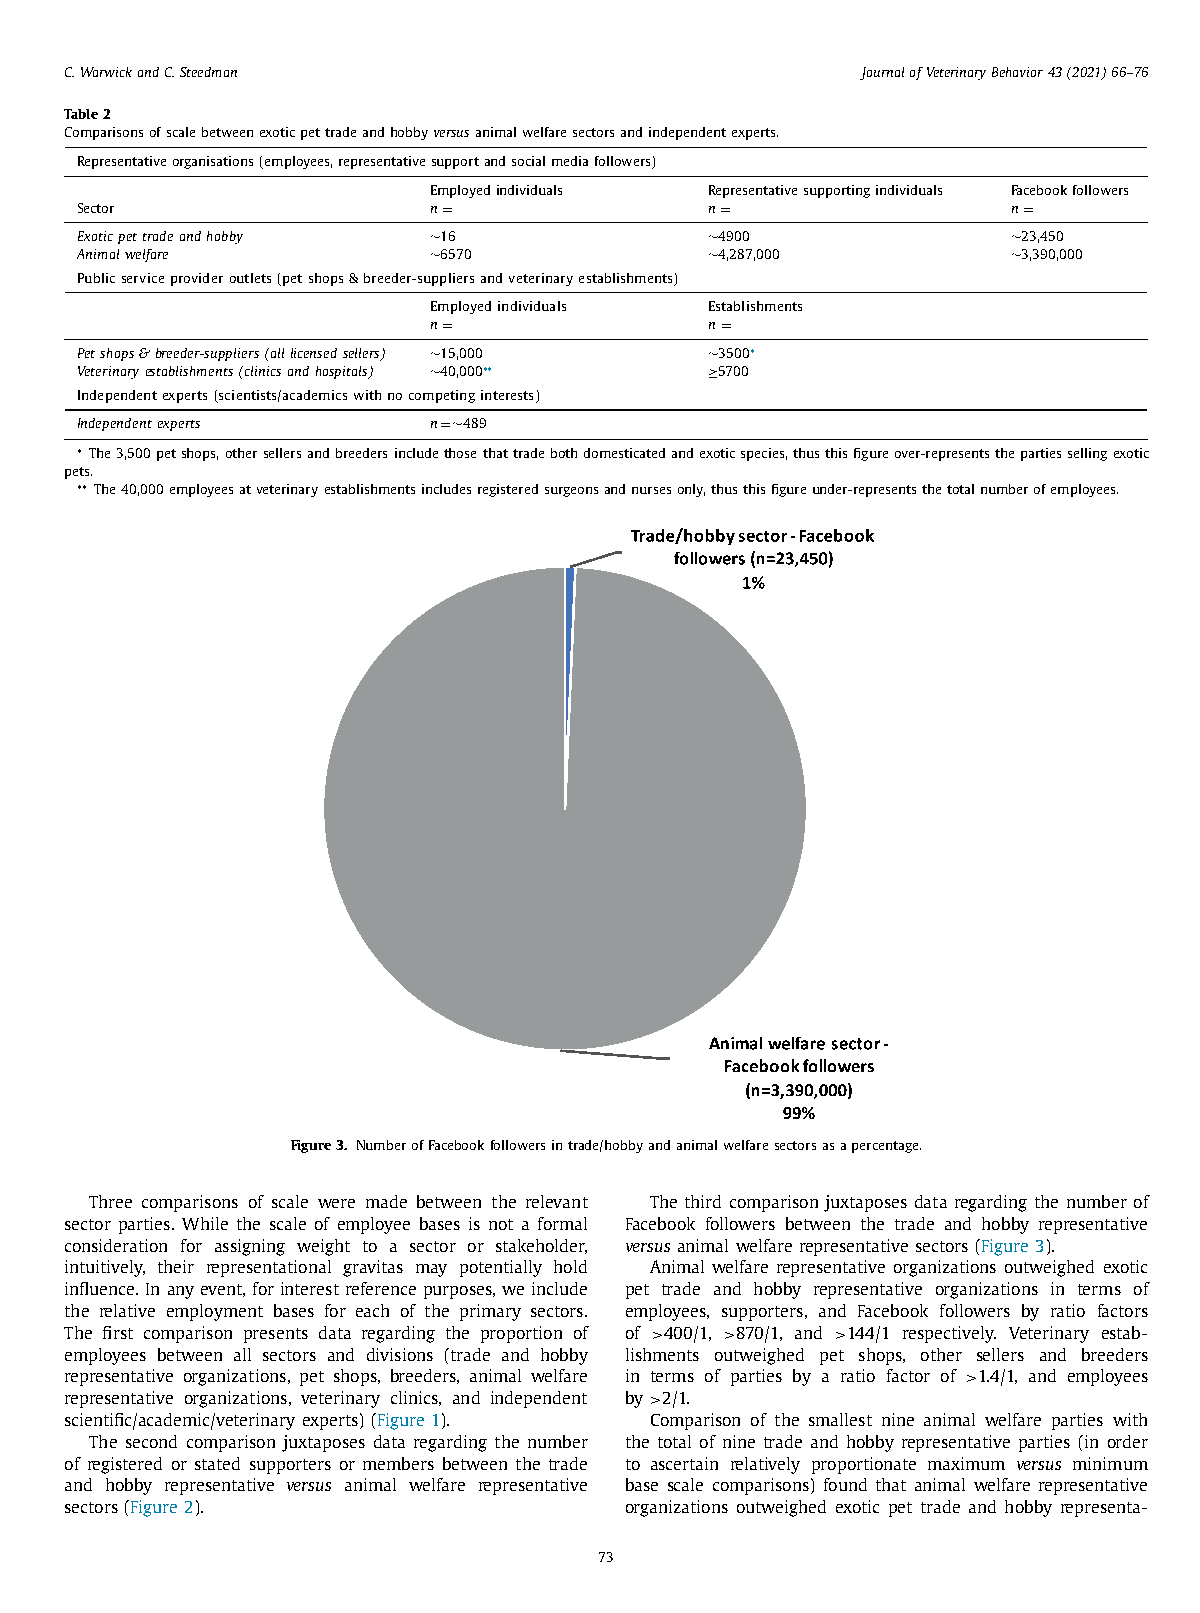
C. Warwick and C. Steedman                           Journal of Veterinary Behavior 43 (2021) 66–76
 Table 2
 Comparisons of scale between exotic pet trade and hobby versus animal welfare sectors and independent experts.
 Representative organisations (employees, representative support and social media followers)
 Employed individuals Representative supporting individuals Facebook followers
 Sector                 n =                n =                 n =
 Exotic pet trade and hobby ∼16            ∼4900               ∼23,450
 Animal welfare         ∼6570              ∼4,287,000          ∼3,390,000
 Public service provider outlets (pet shops & breeder-suppliers and veterinary establishments)
 Employed individuals Establishments
 n =                n =
 Pet shops & breeder-suppliers (all licensed sellers) ∼15,000 ∼3500 ∗
 Veterinary establishments (clinics and hospitals) ∼40,000 ∗∗ ≥5700
 Independent experts (scientists/academics with no competing interests)
 Independent experts    n = ∼489
 ∗ The 3,500 pet shops, other sellers and breeders include those that trade both domesticated and exotic species, thus this figure over-represents the parties selling exotic
 pets.
 ∗∗ The 40,0 0 0 employees at veterinary establishments includes registered surgeons and nurses only, thus this figure under-represents the total number of employees.
 Figure 3. Number of Facebook followers in trade/hobby and animal welfare sectors as a percentage.
 Three comparisons of scale were made between the relevant The third comparison juxtaposes data regarding the number of
 sector parties. While the scale of employee bases is not a formal Facebook followers between the trade and hobby representative
 consideration for assigning weight to a sector or stakeholder, versus animal welfare representative sectors ( Figure 3 ).
 intuitively, their representational gravitas may potentially hold Animal welfare representative organizations outweighed exotic
 influence. In any event, for interest reference purposes, we include pet trade and hobby representative organizations in terms of
 the relative employment bases for each of the primary sectors. employees, supporters, and Facebook followers by ratio factors
 The first comparison presents data regarding the proportion of of > 400/1, > 870/1, and > 144/1 respectively. Veterinary estab-
 employees between all sectors and divisions (trade and hobby lishments outweighed pet shops, other sellers and breeders
 representative organizations, pet shops, breeders, animal welfare in terms of parties by a ratio factor of > 1.4/1, and employees
 representative organizations, veterinary clinics, and independent by > 2/1.
 scientific/academic/veterinary experts) ( Figure 1 ). Comparison of the smallest nine animal welfare parties with
 The second comparison juxtaposes data regarding the number the total of nine trade and hobby representative parties (in order
 of registered or stated supporters or members between the trade to ascertain relatively proportionate maximum versus minimum
 and hobby representative versus animal welfare representative base scale comparisons) found that animal welfare representative
 sectors ( Figure 2 ).                organizations outweighed exotic pet trade and hobby representa-
 73